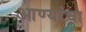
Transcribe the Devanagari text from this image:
आण्यांचा